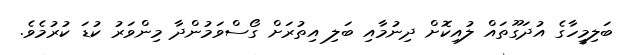
ބަލިމީހާގެ އުދަގޫތައް ލުއިކޮށް ދިނުމާއި ބަލި އިތުރަށް ގޯސްވަމުންދާ މިންވަރު ކުޑަ ކުރުމެވެ.